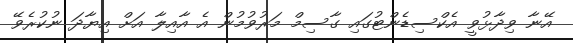
އޭނާ ވިދާޅުވީ އެކްސިޑެންޓުގައި ގާސިމް މަރުވުމުން އެ އާއިލާ އަށް އިޔާދަ ނުކުރެވޭ